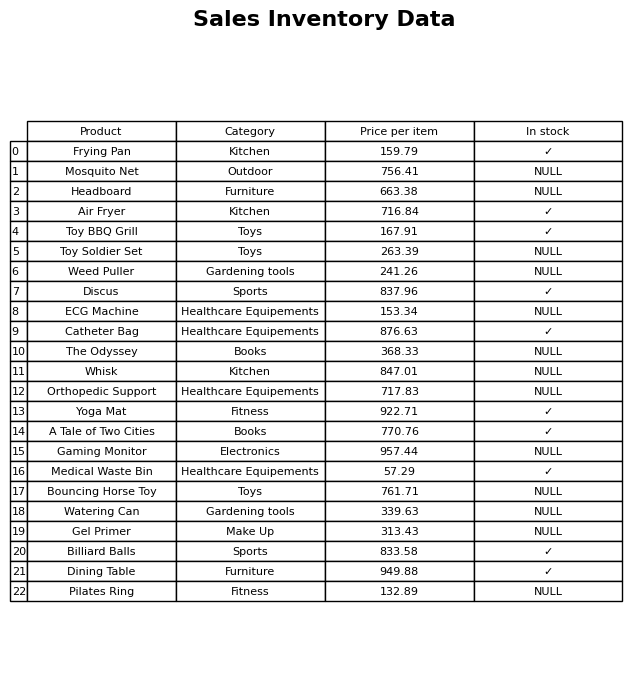
question: Which products are available in stock?
answer: Frying Pan, Air Fryer, Toy BBQ Grill, Discus, Catheter Bag, Yoga Mat, A Tale of Two Cities, Medical Waste Bin, Billiard Balls, Dining Table